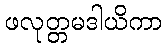
ဖလုတ္တမဒါယိကာ